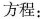
方程：